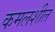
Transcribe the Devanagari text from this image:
कमलशील